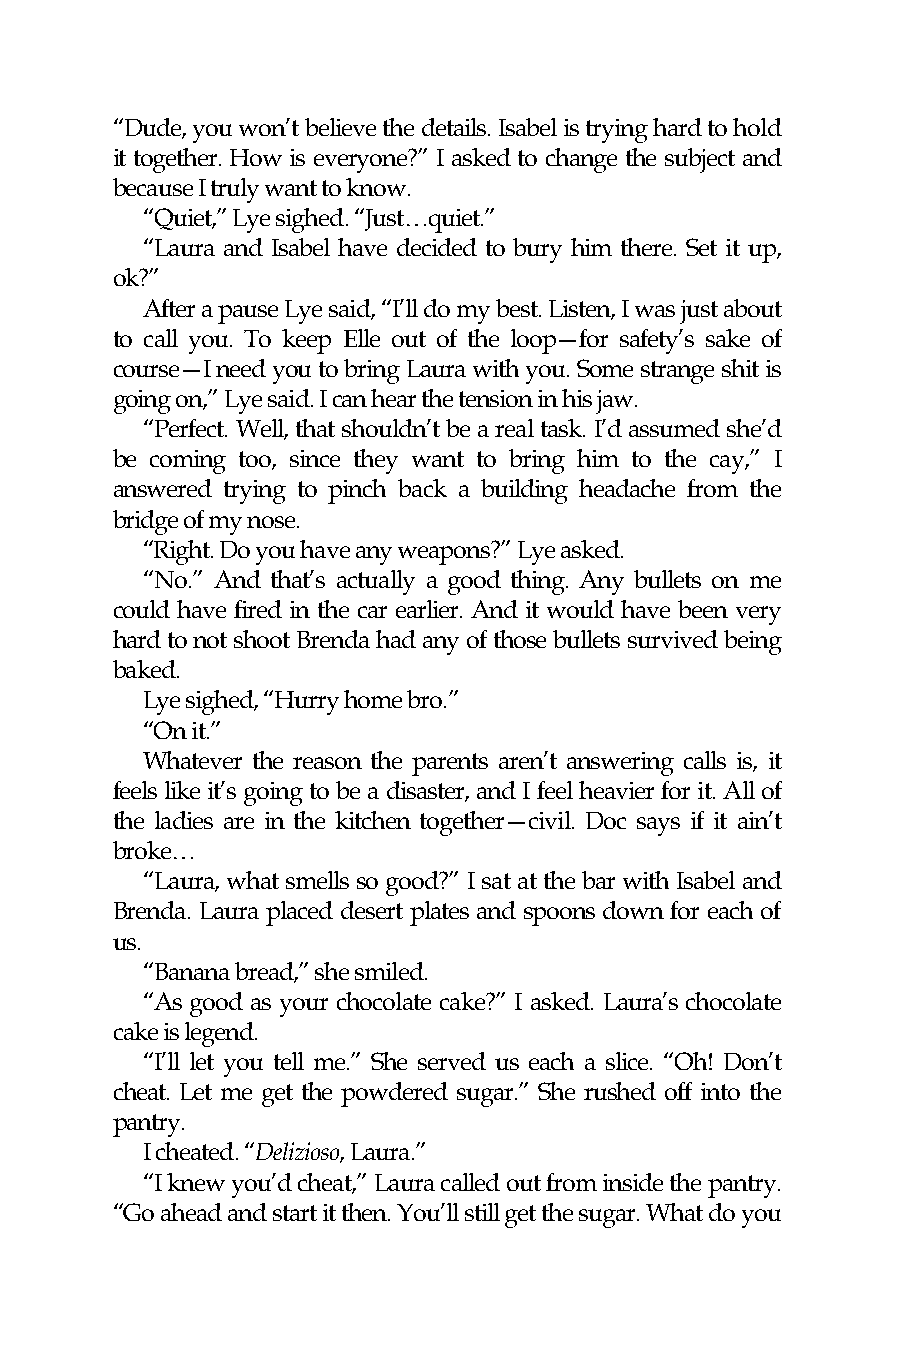
“Dude, you won’t believe the details. Isabel is trying hard to hold
 it together. How is everyone?” I asked to change the subject and
 because I truly want to know.
 “Quiet,” Lye sighed. “Just…quiet.”
 “Laura and Isabel have decided to bury him there. Set it up,
 ok?”
 After a pause Lye said, “I’ll do my best. Listen, I was just about
 to call you. To keep Elle out of the loop—for safety’s sake of
 course—I need you to bring Laura with you. Some strange shit is
 going on,” Lye said. I can hear the tension in his jaw.
 “Perfect. Well, that shouldn’t be a real task. I’d assumed she’d
 be coming too, since they want to bring him to the cay,” I
 answered trying to pinch back a building headache from the
 bridge of my nose.
 “Right. Do you have any weapons?” Lye asked.
 “No.” And that’s actually a good thing. Any bullets on me
 could have fired in the car earlier. And it would have been very
 hard to not shoot Brenda had any of those bullets survived being
 baked.
 Lye sighed, “Hurry home bro.”
 “On it.”
 Whatever the reason the parents aren’t answering calls is, it
 feels like it’s going to be a disaster, and I feel heavier for it. All of
 the ladies are in the kitchen together—civil. Doc says if it ain’t
 broke…
 “Laura, what smells so good?” I sat at the bar with Isabel and
 Brenda. Laura placed desert plates and spoons down for each of
 us.
 “Banana bread,” she smiled.
 “As good as your chocolate cake?” I asked. Laura’s chocolate
 cake is legend.
 “I’ll let you tell me.” She served us each a slice. “Oh! Don’t
 cheat. Let me get the powdered sugar.” She rushed off into the
 pantry.
 I cheated. “Delizioso, Laura.”
 “I knew you’d cheat,” Laura called out from inside the pantry.
 “Go ahead and start it then. You’ll still get the sugar. What do you